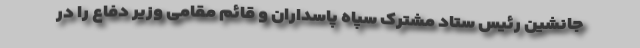
جانشین رئیس ستاد مشترک سپاه پاسداران و قائم مقامی وزیر دفاع را در